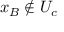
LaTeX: x _ { B } \notin U _ { c }